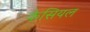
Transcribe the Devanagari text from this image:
केसियल